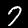
Digit: 7